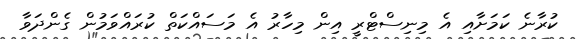
ކުރާނެ ކަމަށާއި އެ މިނިސްޓްރީ އިން މިހާރު އެ މަސައްކަތް ކުރައްވަމުން ގެންދަވާ